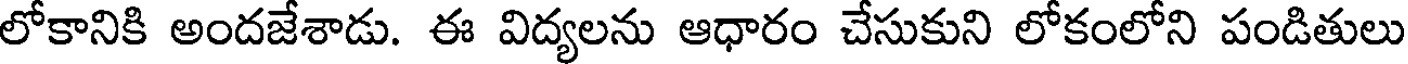
లోకానికి అందజేశాడు. ఈ విద్యలను ఆధారం చేసుకుని లోకంలోని పండితులు